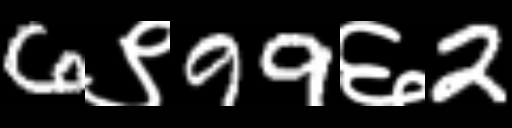
Text: 6९99६2